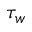
\tau _ { w }